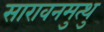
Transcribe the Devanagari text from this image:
सारावनमुत्थु